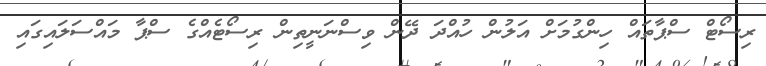
ރިސޯޓް ސްޕާތައް ހިންގުމަށް އަލުން ހުއްދަ ދޭން ވިސްނަނީތިން ރިސޯޓެއްގެ ސްޕާ މައްސަލައިގައި